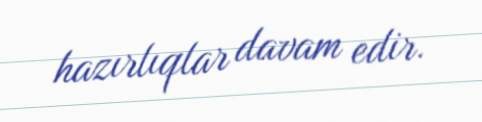
hazırlıqlar davam edir.